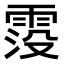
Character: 𩃁